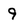
Character: 9